Vaccination report Assam 1874-1896 - 1874-1896
Year: 1874
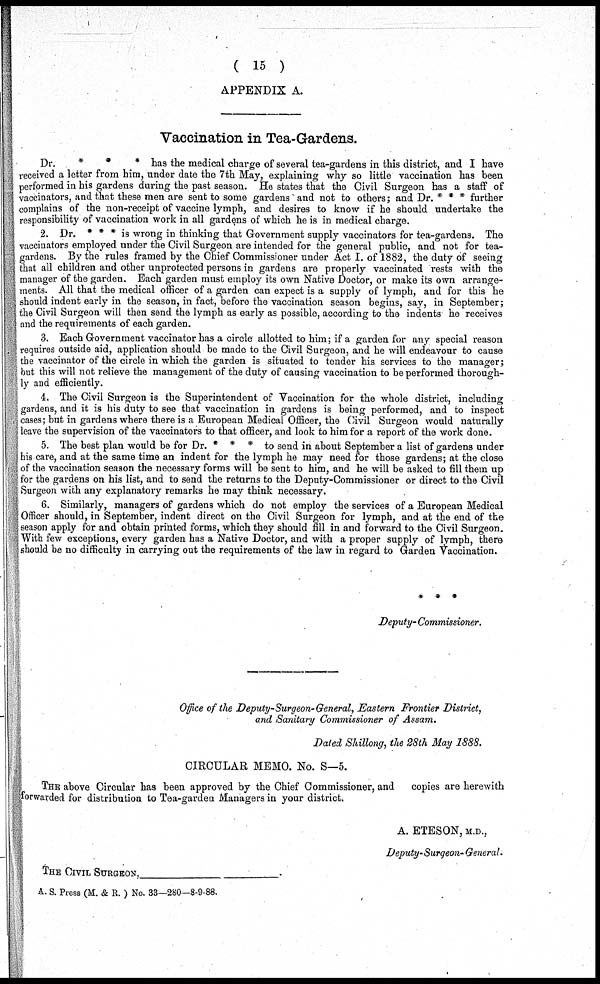
( 15 )
APPENDIX A.
Vaccination in Tea-Gardens.
Dr.
*
*
* has the medical charge of several tea-gardens in this district, and I have
received a letter from him, under date the 7th May, explaining why so little vaccination has been
performed in his gardens during the past season. He states that the Civil Surgeon has a staff of
vaccinators, and that these men are sent to some gardens and not to others; and Dr. * * * further
complains of the non-receipt of vaccine lymph, and desires to know if he should undertake the
responsibility of vaccination work in all gardens of which he is in medical charge.
2. Dr. * * * is wrong in thinking that Government supply vaccinators for tea-gardens. The
vaccinators employed under the Civil Surgeon are intended for the general public, and not for tea-
gardens. By the rules framed by the Chief Commissioner under Act I. of 1882, the duty of seeing
that all children and other unprotected persons in gardens are properly vaccinated rests with the
manager of the garden. Each garden must employ its own Native Doctor, or make its own arrange-
ments. All that the medical officer of a garden can expect is a supply of lymph, and for this he
should indent early in the season, in fact, before the vaccination season begins, say, in September;
the Civil Surgeon will then send the lymph as early as possible, according to the indents he receives
and the requirements of each garden.
3. Each Government vaccinator has a circle allotted to him; if a garden for any special reason
requires outside aid, application should be made to the Civil Surgeon, and he will endeavour to cause
the vaccinator of the circle in which the garden is situated to tender his services to the manager;
but this will not relieve the management of the duty of causing vaccination to be performed thorough-
ly and efficiently.
4. The Civil Surgeon is the Superintendent of Vaccination for the whole district, including
gardens, and it is his duty to see that vaccination in gardens is being performed, and to inspect
cases; but in gardens where there is a European Medical Officer, the Civil Surgeon would naturally
leave the supervision of the vaccinators to that officer, and look to him for a report of the work done.
5. The best plan would be for Dr. * * * to send in about September a list of gardens under
his care, and at the same time an indent for the lymph he may need for those gardens; at the close
of the vaccination season the necessary forms will be sent to him, and he will be asked to fill them up
for the gardens on his list, and to send the returns to the Deputy-Commissioner or direct to the Civil
Surgeon with any explanatory remarks he may think necessary.
6. Similarly, managers of gardens which do not employ the services of a European Medical
Officer should, in September, indent direct on the Civil Surgeon for lymph, and at the end of the
season apply for and obtain printed forms, which they should fill in and forward to the Civil Surgeon.
With few exceptions, every garden has a Native Doctor, and with a proper supply of lymph, there
should be no difficulty in carrying out the requirements of the law in regard to Garden Vaccination.
* * *
Deputy Commissioner.
Office of the Deputy-Surgeon-General, Eastern Frontier District,
and Sanitary Commissioner of Assam.
Dated Shillong, the 28th May 1888.
CIRCULAR MEMO. No. S—5.
THE above Circular has been approved by the Chief Commissioner, and
copies are herewith
forwarded for distribution to Tea-garden Managers in your district.
A. ETESON, M.D.,
Deputy-Surgeon- General.
THE CIVIL SURGEON,
A. S. Press (M. & R. ) No. 33—280—8-9-88.